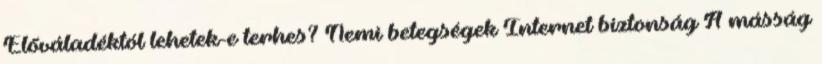
Előváladéktól lehetek-e terhes? Nemi betegségek Internet biztonság A másság